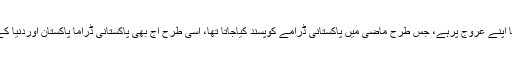
سارہ لورین نے کہا کہ اس وقت پاکستانی ڈراما اپنے عروج پرہے، جس طرح ماضی میں پاکستانی ڈرامے کوپسند کیاجاتا تھا، اسی طرح آج بھی پاکستانی ڈراما پاکستان اوردنیا کے بیشترممالک میں دیکھا اورپسند کیا جاتا ہے۔